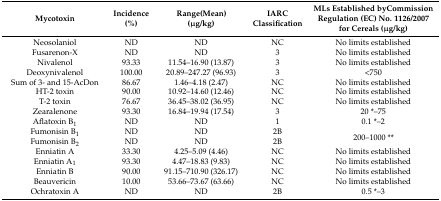
| Mycotoxin | Incidence(%) | Range(Mean) (μg/kg) | IARC Classification | MLs Established byCommission Regulation (EC) No. 1126/2007 for Cereals (μg/kg) |
 | --- | --- | --- | --- | --- |
 | Neosolaniol | ND | ND | NC | No limits established |
 | Fusarenon-X | ND | ND | 3 | No limits established |
 | Nivalenol | 93.33 | 11.54–16.90 (13.87) | 3 | No limits established |
 | Deoxynivalenol | 100.00 | 20.89–247.27 (96.93) | 3 | <750 |
 | Sum of 3- and 15-AcDon | 86.67 | 1.46–4.18 (2.47) | NC | No limits established |
 | HT-2 toxin | 90.00 | 10.92–14.60 (12.46) | NC | No limits established |
 | T-2 toxin | 76.67 | 36.45–38.02 (36.95) | NC | No limits established |
 | Zearalenone | 93.30 | 16.84–19.94 (17.54) | 3 | 20 *–75 |
 | Aflatoxin B1 | ND | ND | 1 | 0.1 *–2 |
 | Fumonisin B1 | ND | ND | 2B | <ROWSPAN=2> 200–1000 ** |
 | Fumonisin B2 | ND | ND | 2B |
 | Enniatin A | 33.30 | 4.25–5.09 (4.46) | NC | No limits established |
 | Enniatin A1 | 93.30 | 4.47–18.83 (9.83) | NC | No limits established |
 | Enniatin B | 90.00 | 91.15–710.90 (326.17) | NC | No limits established |
 | Beauvericin | 10.00 | 53.66–73.67 (63.66) | NC | No limits established |
 | Ochratoxin A | ND | ND | 2B | 0.5 *–3 |